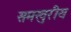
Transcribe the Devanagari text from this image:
समखुरीय